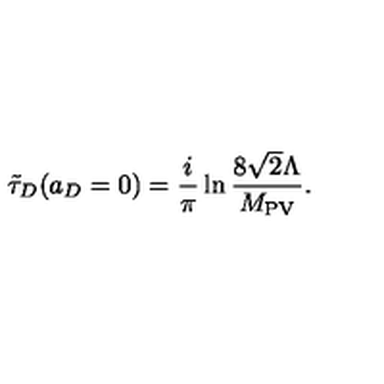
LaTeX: \tilde { \tau } _ { D } ( a _ { D } = 0 ) = \frac { i } { \pi } \ln \frac { 8 \sqrt { 2 } \Lambda } { M _ { \mathrm { P V } } } .